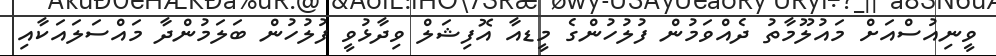
ވީނިއުސްއަށް މައުލޫމާތު ދެއްވަމުން ފުލުހުންގެ މީޑއާ އޮފިޝަލް ވިދާޅުވީ ފުލުހުން ބަލަމުންދާ މައްސަލައަކާއި